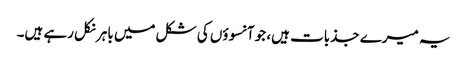
یہ میرے جذبات ہیں، جو آنسوؤں کی شکل میں باہر نکل رہے ہیں۔